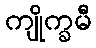
ကျိုက္ခမီ